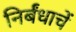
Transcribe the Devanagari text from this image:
निर्बंधाचें